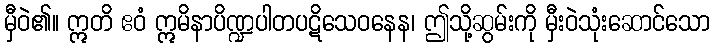
မှီဝဲ၏။ ဣတိ ဧဝံ ဣမိနာပိဏ္ဍပါတပဋိသေဝနေန၊ ဤသို့ဆွမ်းကို မှီးဝဲသုံးဆောင်သော